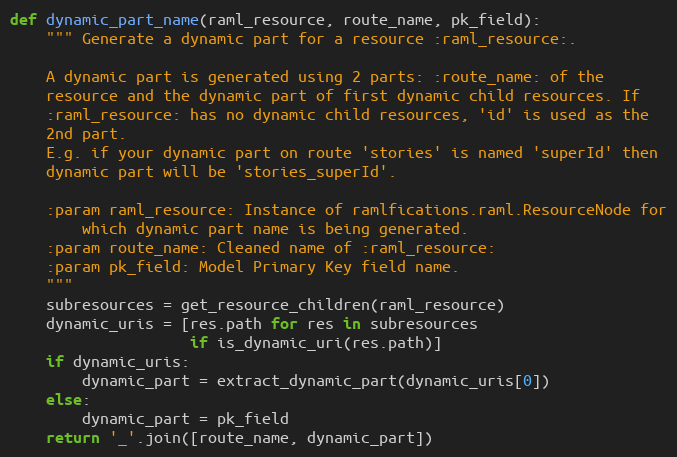
Language: Python
def dynamic_part_name(raml_resource, route_name, pk_field):
    """ Generate a dynamic part for a resource :raml_resource:.

    A dynamic part is generated using 2 parts: :route_name: of the
    resource and the dynamic part of first dynamic child resources. If
    :raml_resource: has no dynamic child resources, 'id' is used as the
    2nd part.
    E.g. if your dynamic part on route 'stories' is named 'superId' then
    dynamic part will be 'stories_superId'.

    :param raml_resource: Instance of ramlfications.raml.ResourceNode for
        which dynamic part name is being generated.
    :param route_name: Cleaned name of :raml_resource:
    :param pk_field: Model Primary Key field name.
    """
    subresources = get_resource_children(raml_resource)
    dynamic_uris = [res.path for res in subresources
                    if is_dynamic_uri(res.path)]
    if dynamic_uris:
        dynamic_part = extract_dynamic_part(dynamic_uris[0])
    else:
        dynamic_part = pk_field
    return '_'.join([route_name, dynamic_part])